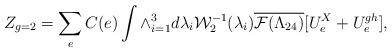
LaTeX: \begin{align*}Z_{g=2}=\sum_{e} C(e)\int \wedge_{i=1}^{3}d\lambda_{i}{\cal W}_{2}^{-1}(\lambda_{i}) \overline{{\cal F}(\Lambda_{24})}[U^{X}_{e}+U_{e}^{gh}],\end{align*}